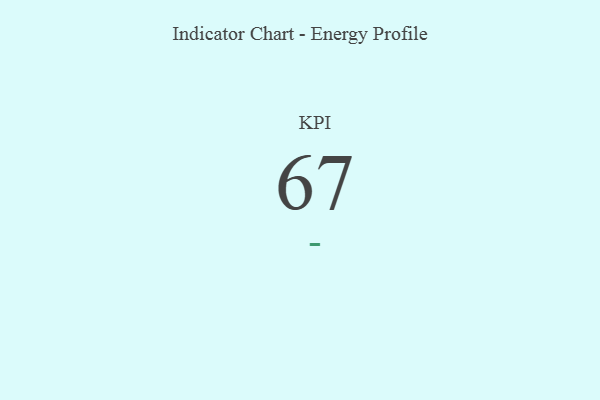
{"axis": {"x": "KPI", "y": "Value"}, "legend": [""], "data": [{"x": "KPI", "y": 67, "type": ""}]}